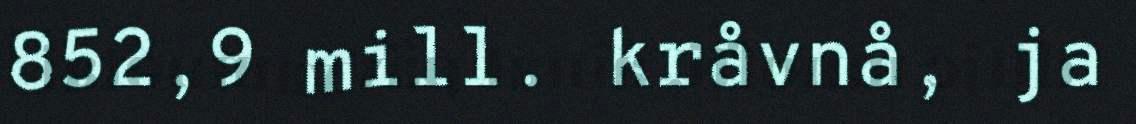
852,9 mill. kråvnå, ja